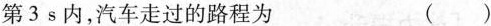
第3s内，汽车走过的路程为 ()